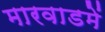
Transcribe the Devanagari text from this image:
मारवाडमें